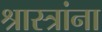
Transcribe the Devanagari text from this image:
श्रास्त्रांना